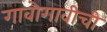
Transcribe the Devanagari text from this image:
गावोगावीची